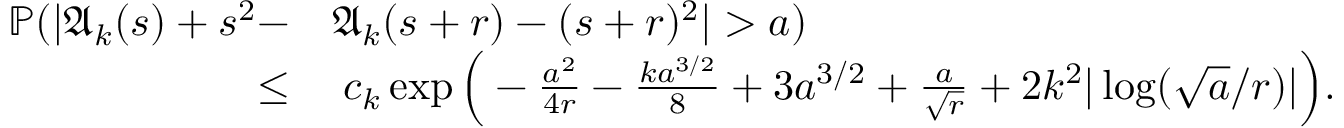
\begin{array} { r l } { \mathbb { P } ( | \mathfrak { A } _ { k } ( s ) + s ^ { 2 } - } & { \mathfrak { A } _ { k } ( s + r ) - ( s + r ) ^ { 2 } | > a ) } \\ { \le } & { \; c _ { k } \exp \Big ( - \frac { a ^ { 2 } } { 4 r } - \frac { k a ^ { 3 / 2 } } { 8 } + 3 a ^ { 3 / 2 } + \frac { a } { \sqrt { r } } + 2 k ^ { 2 } | \log ( \sqrt { a } / r ) | \Big ) . } \end{array}